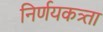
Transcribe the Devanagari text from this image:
निर्णयकत्र्ता